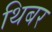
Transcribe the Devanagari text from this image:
थिबर